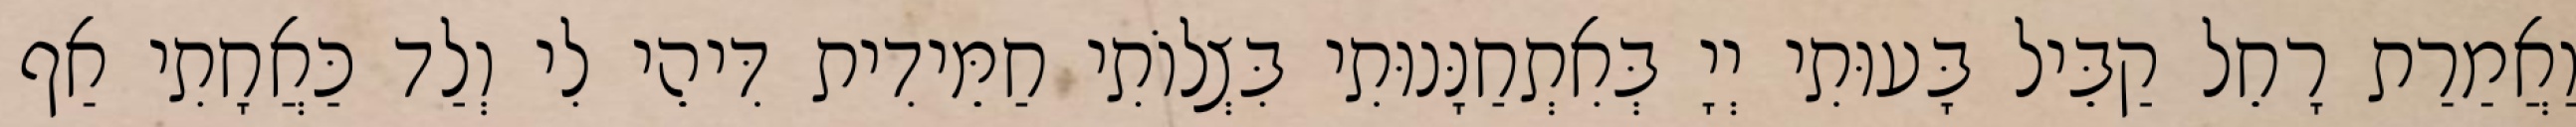
וַאֲמַרַת רָחֵל קַבֵּיל בָּעוּתִי יְיָ בְּאִתְחַנָּנוּתִי בִּצְלוֹתִי חַמֵּידִית דִּיהֵי לִי וְלַד כַּאֲחָתִי אַף